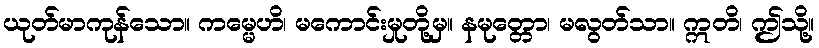
ယုတ်မာကုန်သော။ ကမ္မေဟိ၊ မကောင်းမှုတို့မှ။ နမုတ္တော၊ မလွတ်သာ။ ဣတိ၊ ဤသို့။